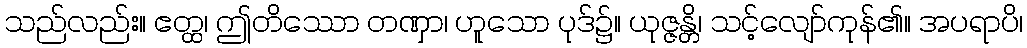
သည်လည်း။ ဧတ္ထ၊ ဤတိဿော တဏှာ၊ ဟူသော ပုဒ်၌။ ယုဇ္ဇန္တိ၊ သင့်လျော်ကုန်၏။ အပရာပိ၊